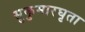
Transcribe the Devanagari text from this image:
सुकुमारघृता